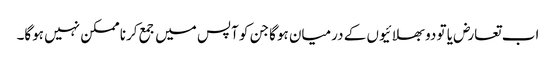
اب تعارض یا تو دو بھلائیوں کے درمیان ہوگا جن کو آپس میں جمع کرنا ممکن نہیں ہوگا۔